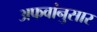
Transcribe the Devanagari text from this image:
अफवांनुसार